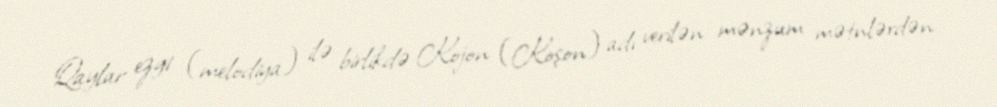
Qaylar ezgi (melodiya) ilə birlikdə Kojon (Koşon) adı verilən mənzum mətnlərdən